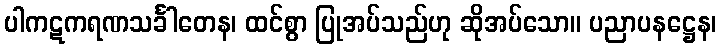
ပါကဋကရဏသင်္ခါတေန၊ ထင်စွာ ပြုအပ်သည်ဟု ဆိုအပ်သော။ ပညာပနဋ္ဌေန၊